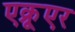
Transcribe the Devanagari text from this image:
एक्रूएर